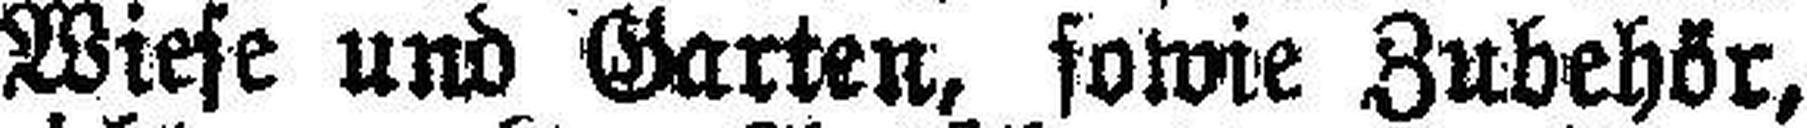
Schlachthauses mit Wiese und Garten, sowie Zubehör,